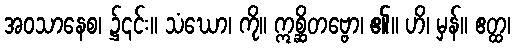
အဝသာနေစ၊ ၌၎င်း။ သံဃော၊ ကို။ ဣစ္ဆိတဗ္ဗော၊ ၏။ ဟိ၊ မှန်။ ဧတ္ထ၊